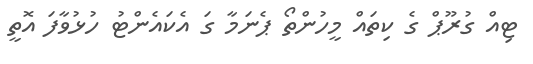
ޓިއް ގުރޫޕް ގެ ކިތައް މީހުންތޯ ޕެނަމާ ގަ އެކައެންޓު ހުޅުވާފަ އޮތީ